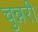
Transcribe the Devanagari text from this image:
चुन्नरी